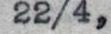
22/4,